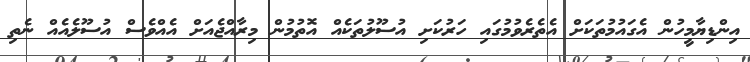
އިންޑިޔާމީހުން އެގައުމުތަކަށް އެތެރެވުމުގައި ހަރުކަށި އުސޫލުތަކެއް އޮތުމުން މިރާއްޖެއަށް އެއްވެސް އުސޫލެއެެއް ނެތި